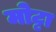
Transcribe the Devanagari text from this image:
मोट्टा